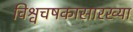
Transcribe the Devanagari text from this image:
विश्वचषकासारख्या